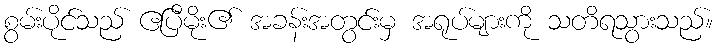
စွမ်းပိုင်သည် ဧပြီမိုး၏ အခန်းအတွင်းမှ အရုပ်များကို သတိရသွားသည်။